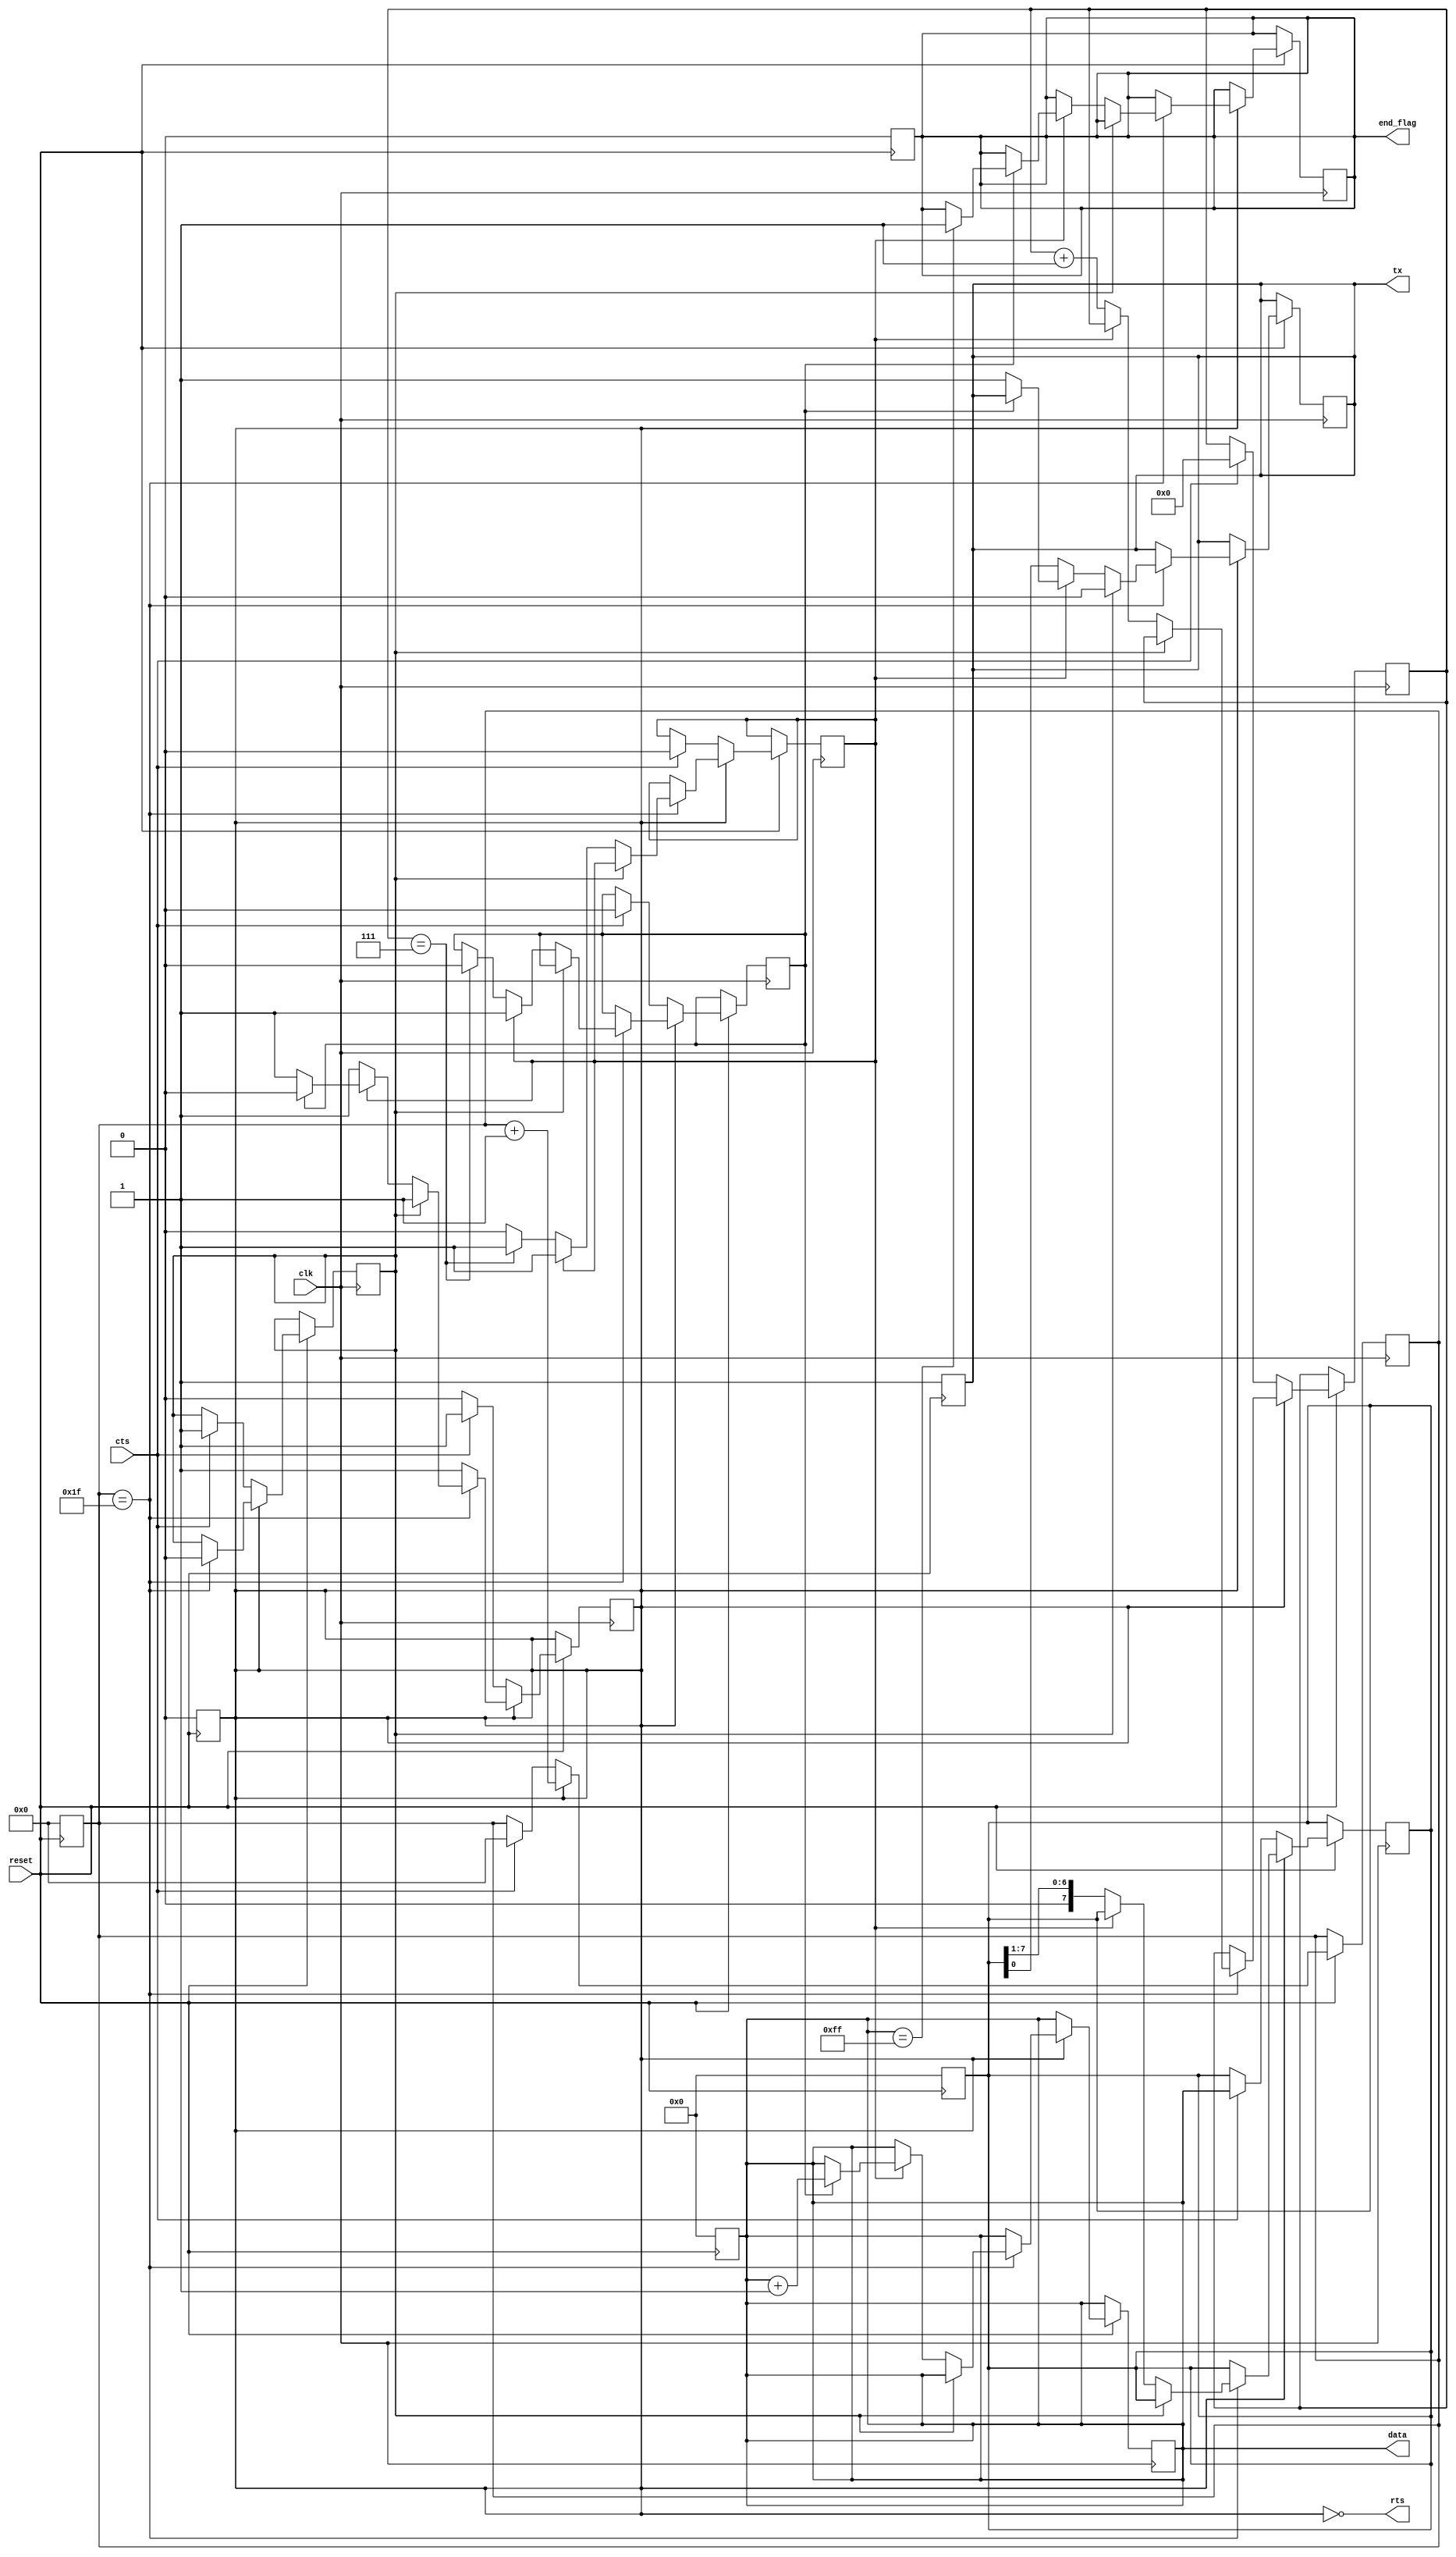
module test_serial_device(reset, clk, data, tx, rts, cts, end_flag);
	input  reset;
	input  clk;
	output tx;
	output [7:0] data;
	output rts;
	input cts;
	output end_flag;

	reg tx;
	reg [7:0] data;
	wire rts;
	reg end_flag;

	reg [7:0] buffer;
	reg [3:0] data_cnt;
	reg [4:0] multi_cnt;
	reg sending;
	reg start_bit;
	reg stop_bit;
	reg stop_bit_running;

	assign rts = ~sending;

	always @(negedge reset) begin
		buffer <= 8'b0;
		data <= 8'b0;
		multi_cnt <= 8'b0;
		sending <= 1'b0;
		end_flag <= 1'b0;
		tx <= 1'b1;
	end

	always @(posedge clk) begin
		if (reset) begin
			if (sending) begin
				multi_cnt <= multi_cnt + 5'b1;
				if (multi_cnt == 5'b11111) begin
					if (start_bit) begin
						tx <= 1'b0;
						start_bit <= 1'b0;
					end else if (stop_bit) begin
						if (stop_bit_running) begin
							sending <= 1'b0;
							data[7:0] <= data[7:0] + 8'b1;
							if (data[7:0] == 8'b11111111) begin
								end_flag <= 1'b1;
							end
						end else begin
							tx <= 1'b1;
							stop_bit_running <= 1'b1;
						end
					end else begin
						tx <= buffer[0];
						buffer[7:0] <= { 1'b0, buffer[7:1] };
						data_cnt <= data_cnt + 3'b1;
						if (data_cnt == 3'b111) begin
							stop_bit <= 1'b1;
							stop_bit_running <= 1'b0;
						end
					end
				end
			end else begin
				if (cts) begin
					sending <= 1'b1;
					multi_cnt <= 5'b0;
					start_bit <= 1'b1;
					stop_bit <= 1'b0;
					stop_bit_running <= 1'b0;
					data_cnt <= 3'b0;
					buffer[7:0] <= data[7:0];
				end
			end
		end
	end

endmodule